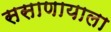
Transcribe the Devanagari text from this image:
ससाणायाला